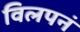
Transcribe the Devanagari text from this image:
विलपनं